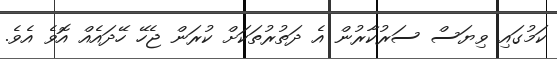
ކަމުގައި ވިޔަސް ސަރުކާރުން އެ ދަތުރުތަކަށް ކުރަން ޖެހޭ ހޭދައެއް އޮވެ އެވެ.